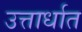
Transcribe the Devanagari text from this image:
उत्तार्धात